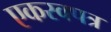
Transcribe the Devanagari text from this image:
एकस्वपत्र